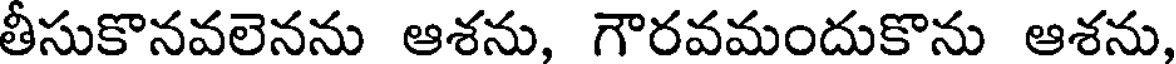
తీసుకొనవలెనను ఆశను, గౌరవమందుకొను ఆశను,